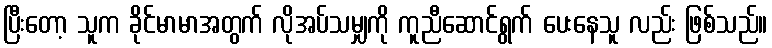
ပြီးတော့ သူက ခိုင်မာမာအတွက် လိုအပ်သမျှကို ကူညီဆောင်ရွက် ပေးနေသူ လည်း ဖြစ်သည်။